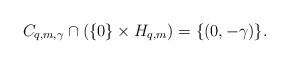
\begin{align*}C_{q,m,\gamma}\cap(\{0\}\times H_{q,m})=\{(0,-\gamma)\}.\end{align*}